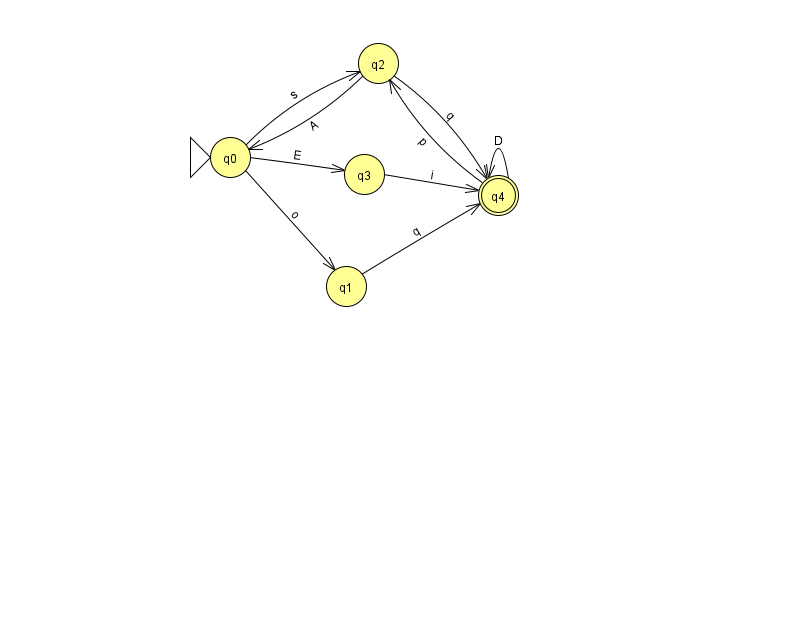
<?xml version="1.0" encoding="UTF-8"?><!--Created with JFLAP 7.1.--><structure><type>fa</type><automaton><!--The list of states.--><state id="0" name="q0"><x>230.0</x><y>144.0</y><initial/></state><state id="1" name="q1"><x>346.0</x><y>273.0</y></state><state id="2" name="q2"><x>378.0</x><y>50.0</y></state><state id="3" name="q3"><x>364.0</x><y>161.0</y></state><state id="4" name="q4"><x>498.0</x><y>182.0</y><final/></state><!--The list of transitions.--><transition><from>2</from><to>0</to><read>A</read></transition><transition><from>1</from><to>4</to><read>q</read></transition><transition><from>0</from><to>1</to><read>o</read></transition><transition><from>0</from><to>2</to><read>s</read></transition><transition><from>0</from><to>3</to><read>E</read></transition><transition><from>4</from><to>4</to><read>D</read></transition><transition><from>3</from><to>4</to><read>i</read></transition><transition><from>2</from><to>4</to><read>q</read></transition><transition><from>4</from><to>2</to><read>p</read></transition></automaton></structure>